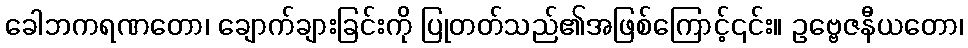
ခေါဘကရဏတော၊ ချောက်ချားခြင်းကို ပြုတတ်သည်၏အဖြစ်ကြောင့်၎င်း။ ဥဗ္ဗေဇနီယတော၊